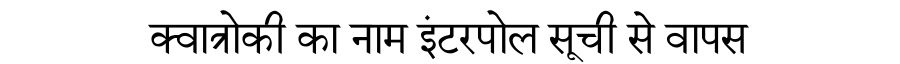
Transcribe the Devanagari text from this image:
क्वात्रोकी का नाम इंटरपोल सूची से वापस